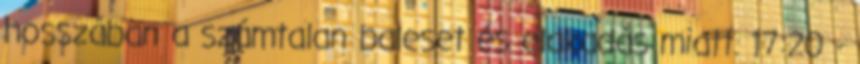
hosszában a számtalan baleset és elakadás miatt. 17:20 -